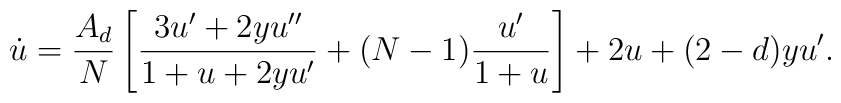
\dot u=\frac{A_d}{N}\left[\frac{3u'+2yu''}{1+u+2yu'}	+(N-1)\frac{u'}{1+u}\right]      +2u+(2-d)yu'.